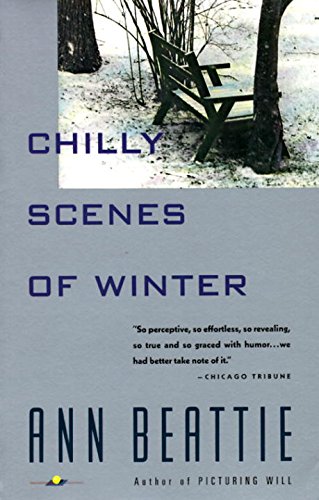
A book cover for Chilly Scenes of Winter; Ann Beattie; Literature & Fiction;